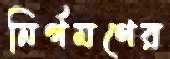
নির্গমণের